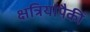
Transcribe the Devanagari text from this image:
क्षत्रियांपैकीं